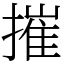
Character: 摧